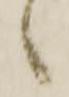
々